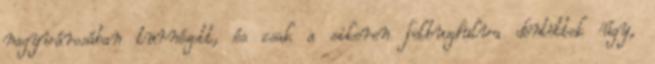
nagyvárosában turnézott, és csak a sikeren felbuzdulva döntöttek úgy,